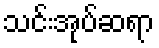
သင်းအုပ်ဆရာ